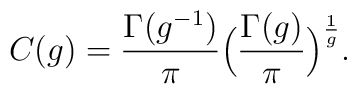
C(g)=\frac{\Gamma(g^{-1})}{\pi}	\Big(\frac{\Gamma(g)}{\pi}\Big)^{\frac{1}{g}}.